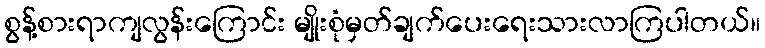
စွန့်စားရာကျလွန်းကြောင်း မျိုးစုံမှတ်ချက်ပေးရေးသားလာကြပါတယ်။